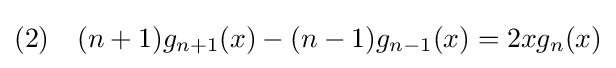
\displaystyle (2)\quad (n+1)g_{n+1}(x)-(n-1)g_{n-1}(x)=2xg_{n}(x)